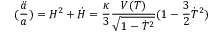
( \frac { \ddot { a } } { a } ) = H ^ { 2 } + \dot { H } = \frac { \kappa } { 3 } \frac { V ( T ) } { \sqrt { 1 - \dot { T } ^ { 2 } } } ( 1 - \frac { 3 } { 2 } \dot { T } ^ { 2 } )